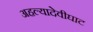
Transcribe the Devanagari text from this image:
अहल्यादेवीघाट